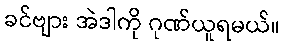
ခင်ဗျား အဲဒါကို ဂုဏ်ယူရမယ်။